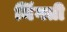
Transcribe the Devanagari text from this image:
मिंगती